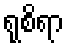
ရုစိရာ